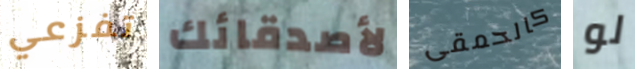
تفزعي لأصدقائك كالحمقى لو